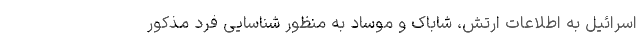
اسرائیل به اطلاعات ارتش، شاباک و موساد به منظور شناسایی فرد مذکور